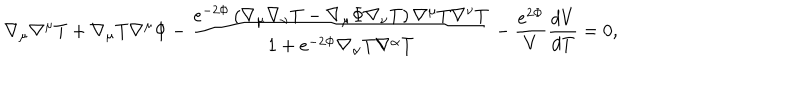
\nabla _ { \mu } \nabla ^ { \mu } T + \nabla _ { \mu } T \nabla ^ { \mu } \Phi - \frac { e ^ { - 2 \Phi } \left( \nabla _ { \mu } \nabla _ { \nu } T - \nabla _ { \mu } \Phi \nabla _ { \nu } T \right) \nabla ^ { \mu } T \nabla ^ { \nu } T } { 1 + e ^ { - 2 \Phi } \nabla _ { \alpha } T \nabla ^ { \alpha } T } - \frac { e ^ { 2 \Phi } } { V } \frac { d V } { d T } = 0 ,